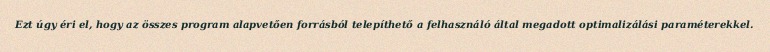
Ezt úgy éri el, hogy az összes program alapvetően forrásból telepíthető a felhasználó által megadott optimalizálási paraméterekkel.